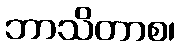
ဘာသိတာစ၊